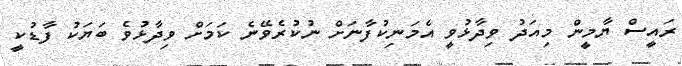
ރައީސް ޔާމީން މިއަދު ވިދާޅުވީ އެމަނިކުފާނަށް ނުކުރެވޭނެ ކަމަށް ވިދާޅުވެ ބަޔަކު ފާޑުކީ